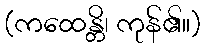
(ကထေန္တိ၊ ကုန်၏။)